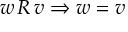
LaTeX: w \, R \, v \Rightarrow w = v